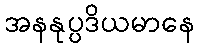
အနနုပ္ပဒိယမာနေ